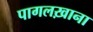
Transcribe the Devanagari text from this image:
पागलख़ाना